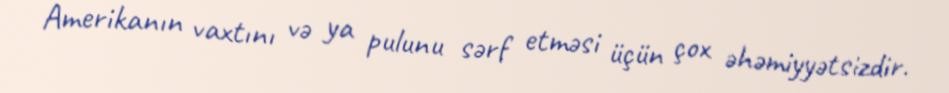
Amerikanın vaxtını və ya pulunu sərf etməsi üçün çox əhəmiyyətsizdir.